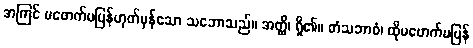
အကြင် မဖောက်မပြန်ဟုတ်မှန်သော သဘောသည်။ အတ္ထိ၊ ရှိ၏။ တံသဘာဝံ၊ ထိုမဖောက်မပြန်